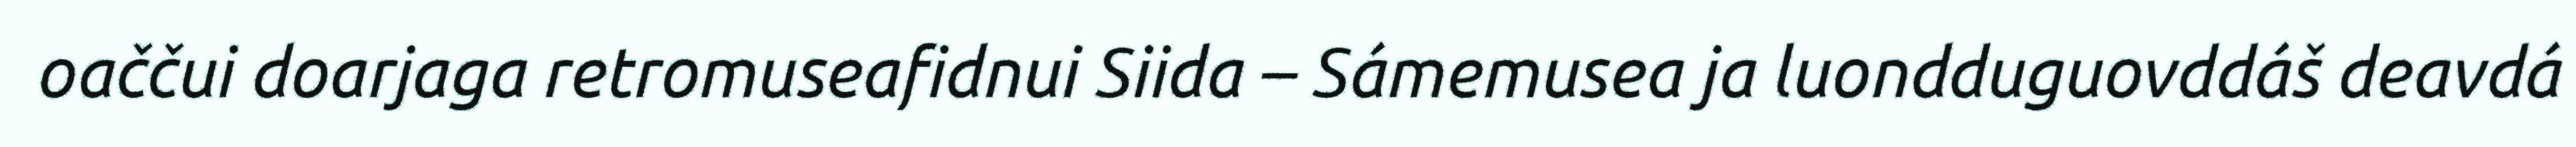
oaččui doarjaga retromuseafidnui Siida – Sámemusea ja luondduguovddáš deavdá